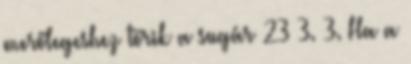
merőlegeshez törik a sugár 23 3. 3. Ha a